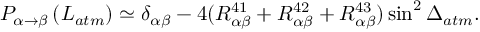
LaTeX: P _ { \alpha \rightarrow \beta } \left( L _ { a t m } \right) \simeq \delta _ { \alpha \beta } - 4 ( R _ { \alpha \beta } ^ { 4 1 } + R _ { \alpha \beta } ^ { 4 2 } + R _ { \alpha \beta } ^ { 4 3 } ) \sin ^ { 2 } \Delta _ { a t m } .